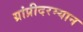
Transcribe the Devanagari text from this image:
ग्रांप्रीदरम्यान